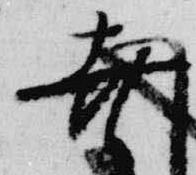
幸